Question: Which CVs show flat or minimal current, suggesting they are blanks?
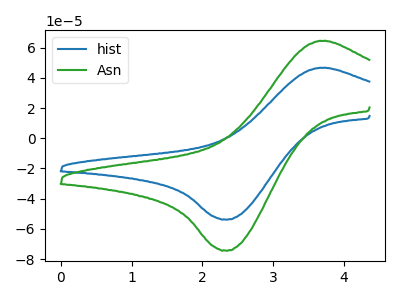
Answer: <think>The blue curve "hist" has an anodic peak at (3.65V, 46.60uA) and a cathodic peak at (2.30V, -53.80uA). The green curve "Asn" has an anodic peak at (3.65V, 64.45uA) and a cathodic peak at (2.30V, -74.35uA).</think>
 <answer>There are not any CV's on this graph that are likely to be blanks.</answer>
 <eval>none</eval>